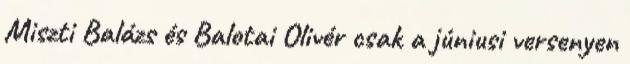
Miszti Balázs és Balotai Olivér csak a júniusi versenyen